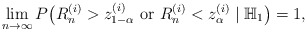
\begin{align*}\lim_{n\rightarrow\infty}P\bigl(R^{(i)}_n>z^{(i)}_{1-\alpha}\mbox{ or } R^{(i)}_n<z^{(i)}_\alpha\mid\mathbb{H}_1\bigr)=1,\end{align*}